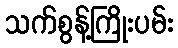
သက်စွန့်ကြိုးပမ်း